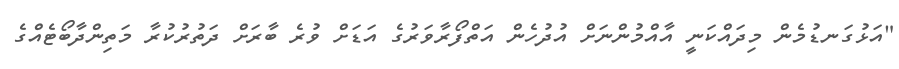
"އަޅުގަނޑުމެން މިދައްކަނީ އާއްމުންނަށް އުދުހެން އަތްފޯރާވަރުގެ އަޑަށް ވުރެ ބާރަށް ދަތުރުކުރާ މަތިންދާބޯޓެއްގެ